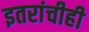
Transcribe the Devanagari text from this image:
इतरांचीही